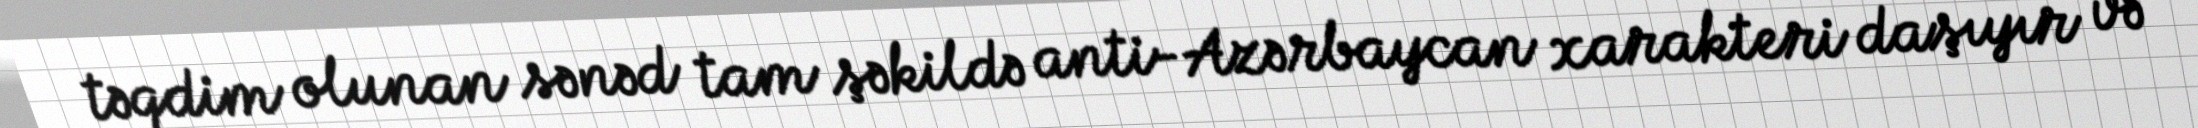
təqdim olunan sənəd tam şəkildə anti-Azərbaycan xarakteri daşıyır və